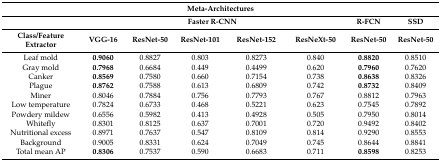
<table><thead><tr><td colspan="8"><b>Meta-Architectures</b></td></tr><tr><td></td><td colspan="5"><b>Faster R-CNN</b></td><td><b>R-FCN</b></td><td><b>SSD</b></td></tr><tr><td><b>Class/Feature Extractor</b></td><td><b>VGG-16</b></td><td><b>ResNet-50</b></td><td><b>ResNet-101</b></td><td><b>ResNet-152</b></td><td><b>ResNeXt-50</b></td><td><b>ResNet-50</b></td><td><b>ResNet-50</b></td></tr></thead><tbody><tr><td>Leaf mold</td><td><b>0.9060</b></td><td>0.8827</td><td>0.803</td><td>0.8273</td><td>0.840</td><td><b>0.8820</b></td><td>0.8510</td></tr><tr><td>Gray mold</td><td><b>0.7968</b></td><td>0.6684</td><td>0.449</td><td>0.4499</td><td>0.620</td><td><b>0.7960</b></td><td>0.7620</td></tr><tr><td>Canker</td><td><b>0.8569</b></td><td>0.7580</td><td>0.660</td><td>0.7154</td><td>0.738</td><td><b>0.8638</b></td><td>0.8326</td></tr><tr><td>Plague</td><td><b>0.8762</b></td><td>0.7588</td><td>0.613</td><td>0.6809</td><td>0.742</td><td><b>0.8732</b></td><td>0.8409</td></tr><tr><td>Miner</td><td>0.8046</td><td>0.7884</td><td>0.756</td><td>0.7793</td><td>0.767</td><td>0.8812</td><td>0.7963</td></tr><tr><td>Low temperature</td><td>0.7824</td><td>0.6733</td><td>0.468</td><td>0.5221</td><td>0.623</td><td>0.7545</td><td>0.7892</td></tr><tr><td>Powdery mildew</td><td>0.6556</td><td>0.5982</td><td>0.413</td><td>0.4928</td><td>0.505</td><td>0.7950</td><td>0.8014</td></tr><tr><td>Whitefly</td><td>0.8301</td><td>0.8125</td><td>0.637</td><td>0.7001</td><td>0.720</td><td>0.9492</td><td>0.8402</td></tr><tr><td>Nutritional excess</td><td>0.8971</td><td>0.7637</td><td>0.547</td><td>0.8109</td><td>0.814</td><td>0.9290</td><td>0.8553</td></tr><tr><td>Background</td><td>0.9005</td><td>0.8331</td><td>0.624</td><td>0.7049</td><td>0.745</td><td>0.8644</td><td>0.8841</td></tr><tr><td>Total mean AP</td><td><b>0.8306</b></td><td>0.7537</td><td>0.590</td><td>0.6683</td><td>0.711</td><td><b>0.8598</b></td><td>0.8253</td></tr></tbody></table>